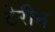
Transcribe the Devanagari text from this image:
टेरीन